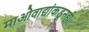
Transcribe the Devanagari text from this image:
माओवाद्यांकडूनही